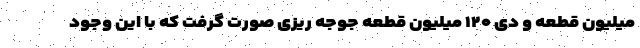
میلیون قطعه و دی ۱۲۰ میلیون قطعه جوجه ریزی صورت گرفت که با این وجود